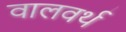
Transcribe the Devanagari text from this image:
वालवर्थ